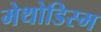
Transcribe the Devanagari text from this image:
मेथोडिस्म